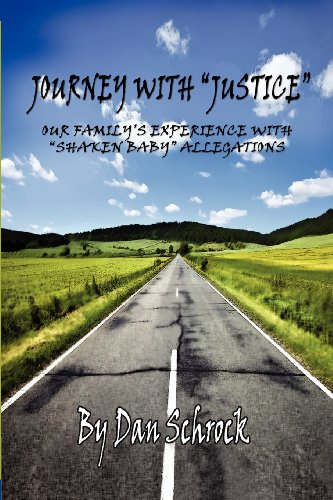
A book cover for Journey with "Justice" - Our Family's Experience With "Shaken Baby" Allegations; Dan Schrock; Law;